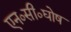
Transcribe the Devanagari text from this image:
एन०सी०घोष